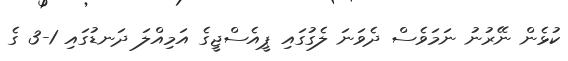
ކުޅެން ނޭރުނު ނަމަވެސް ދެވަނަ ލެގުގައި ޕީއެސްޖީގެ އަމިއްލަ ދަނޑުގައި 1-3 ގެ